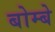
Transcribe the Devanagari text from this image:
बोम्‍बे